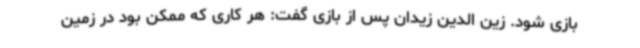
بازی شود. زین الدین زیدان پس از بازی گفت: هر کاری که ممکن بود در زمین